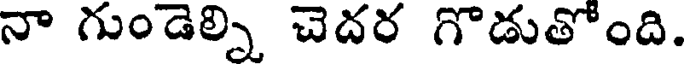
నా గుండెల్ని చెదర గొడుతోంది.